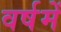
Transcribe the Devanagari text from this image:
वर्षमें